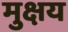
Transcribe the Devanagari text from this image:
मुक्षय